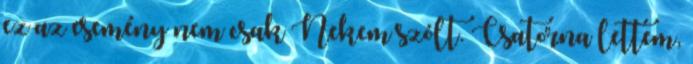
ez az esemény nem csak Nekem szólt. Csatorna lettem,